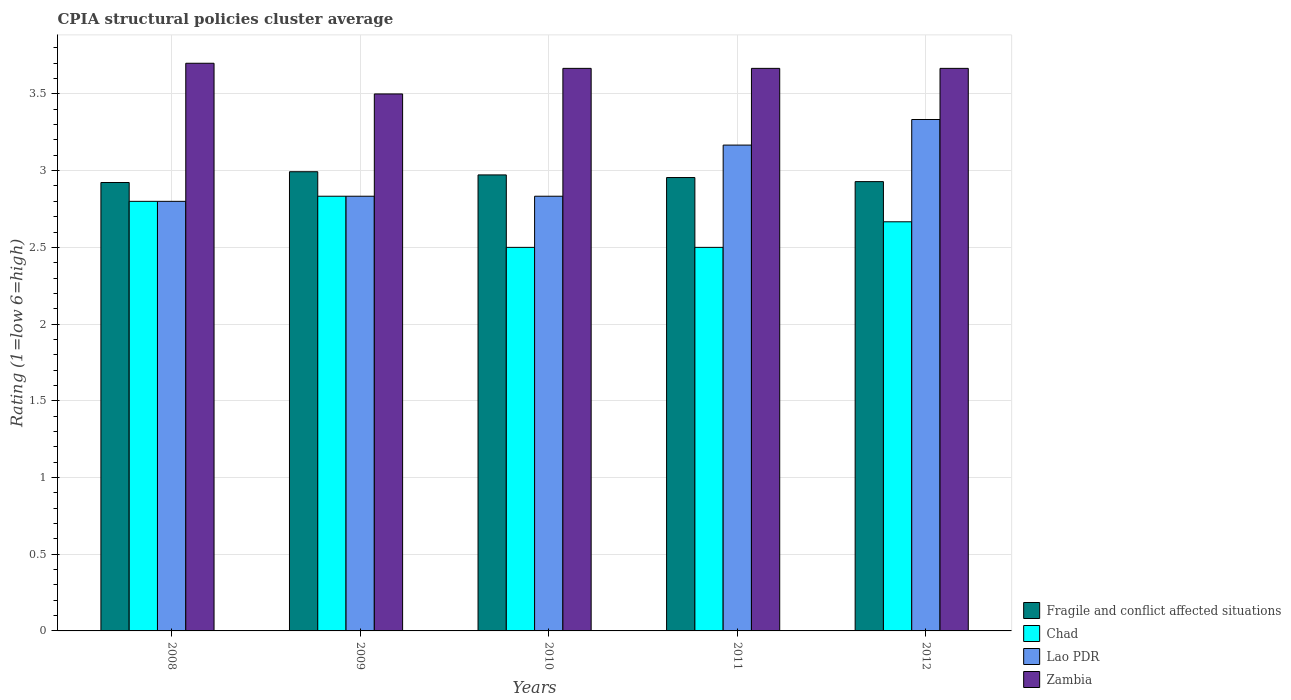
| Years | Fragile and conflict affected situations | Chad | Lao PDR | Zambia |
 | --- | --- | --- | --- | --- |
 | 2008 | 2.92 | 2.8 | 2.8 | 3.7 |
 | 2009 | 2.99 | 2.83 | 2.83 | 3.5 |
 | 2010 | 2.97 | 2.5 | 2.83 | 3.67 |
 | 2011 | 2.96 | 2.5 | 3.17 | 3.67 |
 | 2012 | 2.93 | 2.67 | 3.33 | 3.67 |